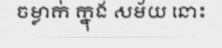
ចម្លាក់ ក្នុង សម័យ នោះ